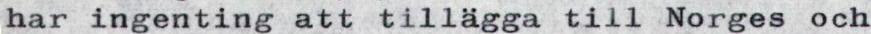
har ingenting att tillägga till Norges och